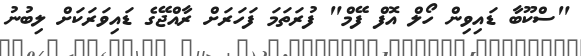
"ސްކޫބާ ޑައިވިން ހޯލް އޮފް ފޭމް" ފުރަތަމަ ފަހަރަށް ރާއްޖޭގެ ޑައިވަރަކަށް ލިބުނު